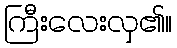
ကြီးလေးလှ၏။